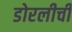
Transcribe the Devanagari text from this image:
डोरलीची